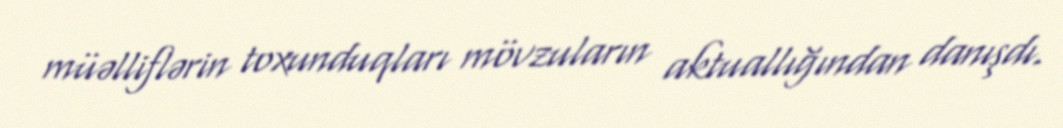
müəlliflərin toxunduqları mövzuların aktuallığından danışdı.